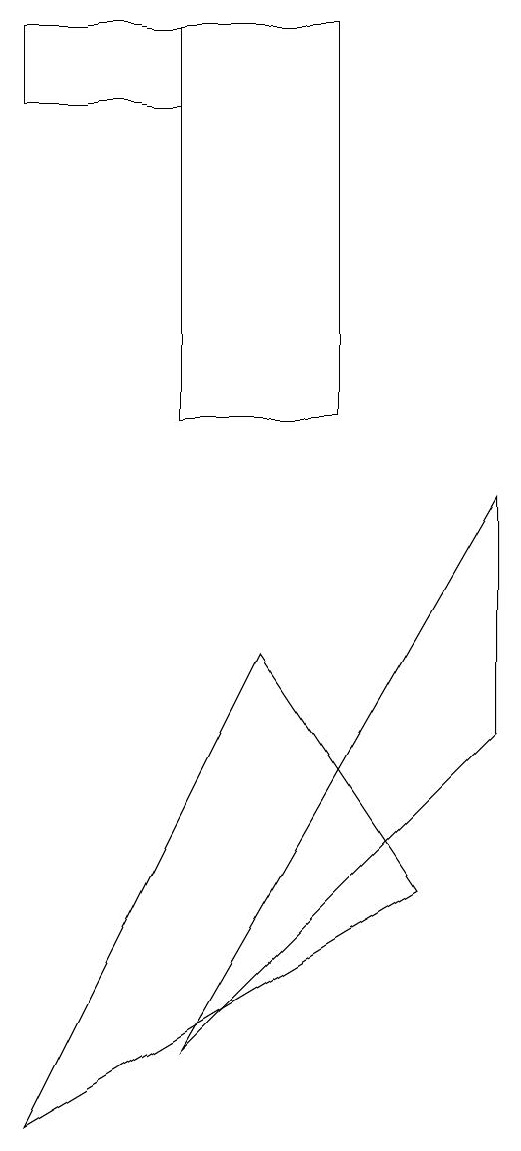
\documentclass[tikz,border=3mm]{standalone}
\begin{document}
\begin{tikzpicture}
\draw (7,6) -- (7,9) -- (3,2) -- cycle;
\draw (1,15) rectangle (3,14);
\draw (3,15) rectangle (5,10);
\draw (6,4) -- (4,7) -- (1,1) -- cycle;
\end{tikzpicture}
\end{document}